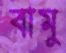
বামু